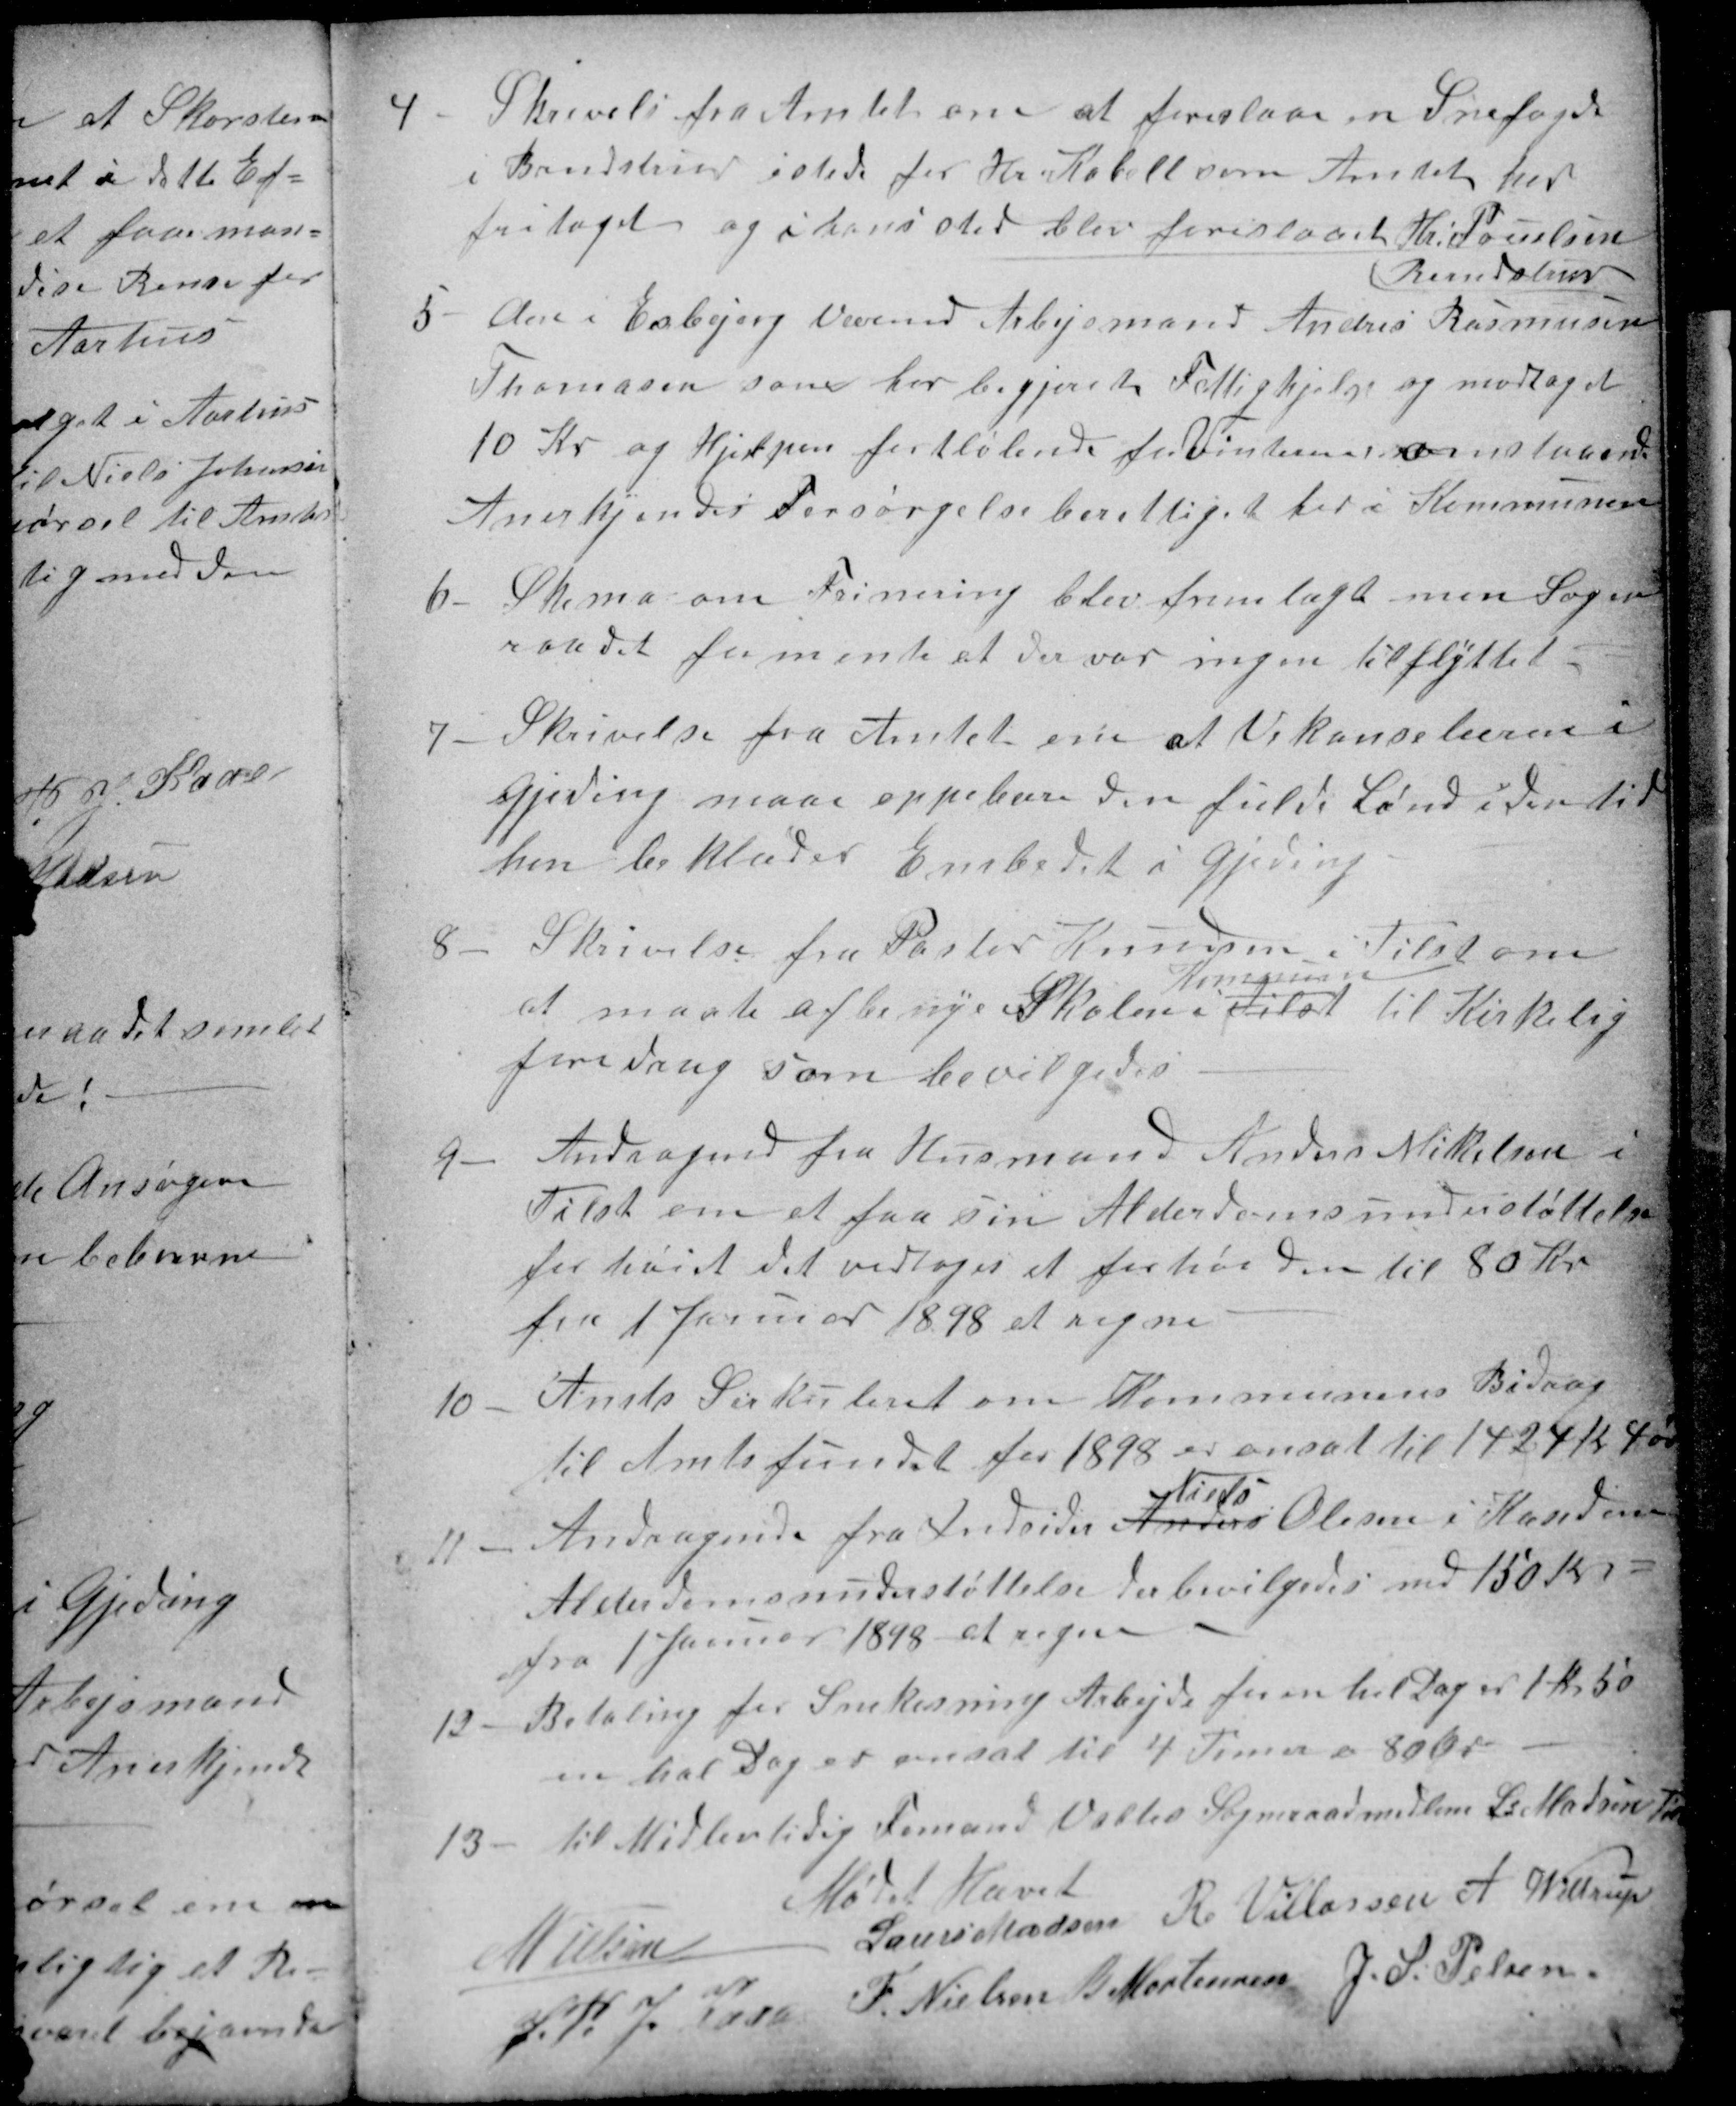
Transskription:
4
Skrivelse fra Amtet om at foreslaae en Snefogde
i Brendstrup istede for Hr. Kabell som Amtet har
fritaget og i hans sted blev foreslaaet Hr. Pouelsen
Brendstrup
5 
den i Esbjerg Værend Arbejsmand Anders Rasmussen
Thomasen som har begjeret Fattighjælp og modtaget
10 Kr og Hjelpen fortløbende for Vinteren omstaaend
Anerkjendes Forsørgelseberettiget her i Kommunen
6
Skema om Frinering blev fremlagt men Sogne
raadet formente at der var ingen tilflyttet
7
Skrivelse fra Amtet om at Vekancelæren i
Gjeding maa oppebære den fulde Lønd i den tid
han beklæder Embedet i Gjeding
8
Skrivelse fra Pastor Knudsen i Tilst om
at maate afbenye Skolen i Tilst
Kommunen
til Kirkelig
foredrag som bevilgedes.
9
Andragende fra Husmand Anders Mikkelsen i
Tilst om at faa sin Alderdomsunderstøttelse
forhøiet det vedtoges at forhøi den til 80 Kr
fra 1 Januar 1898 et regne
10
Amts Serkuleret om Kommunens Bidrag
til Amtsfundet for 1898 er ansat til 1424 Kr 4 Ør
11
Andragende fra Indsider Anders
Niels
Olesen i Kased om
Alderdomsunderstøttelse der bevilgedes med 150 Kr
fra 1 Januar 1898 at regne
12
Betaling for Snekasning Arbejde for en hel Dag er 1 Kr 50
en hal Dag er ansat til 4 Timer a 80 Ør
13
til Midlertidig Formand Valtes Sogneraadsmedlem L: Madsen Tilst
Mødet Hævet
N Nielsen
Laurs Madsen
R Villassen
A Wittrup
J. P. J. Kaae
F. Nielsen
B Mortensen
J. S. Pelsen